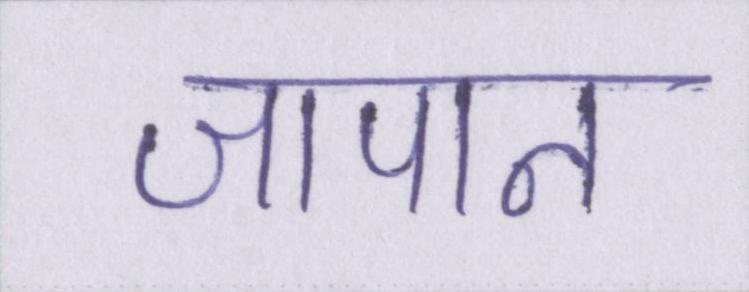
जापान